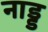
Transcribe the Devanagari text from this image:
नाड्ड